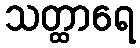
သတ္ထာရေ